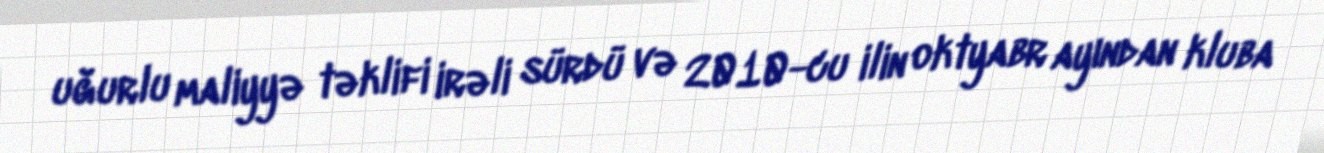
uğurlu maliyyə təklifi irəli sürdü və 2010-cu ilin oktyabr ayından kluba